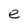
Character: e